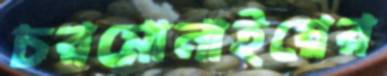
চরমোনাইয়ের